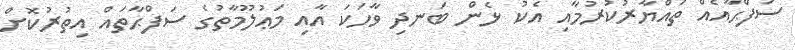
ސަފްޙާއެއް ތައްޔާރުކުރުމާއި އެކު ޅެން ބަނދި ވާހަކަ އާއި މަޢުލޫމާތުގެ ސަފްޙާތައް އިތުރުކޮށް